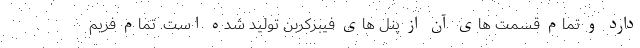
دارد و تمام قسمت های آن از پنل های فیبرکربن تولید شده است. تمام فریم